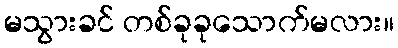
မသွားခင် တစ်ခုခုသောက်မလား။